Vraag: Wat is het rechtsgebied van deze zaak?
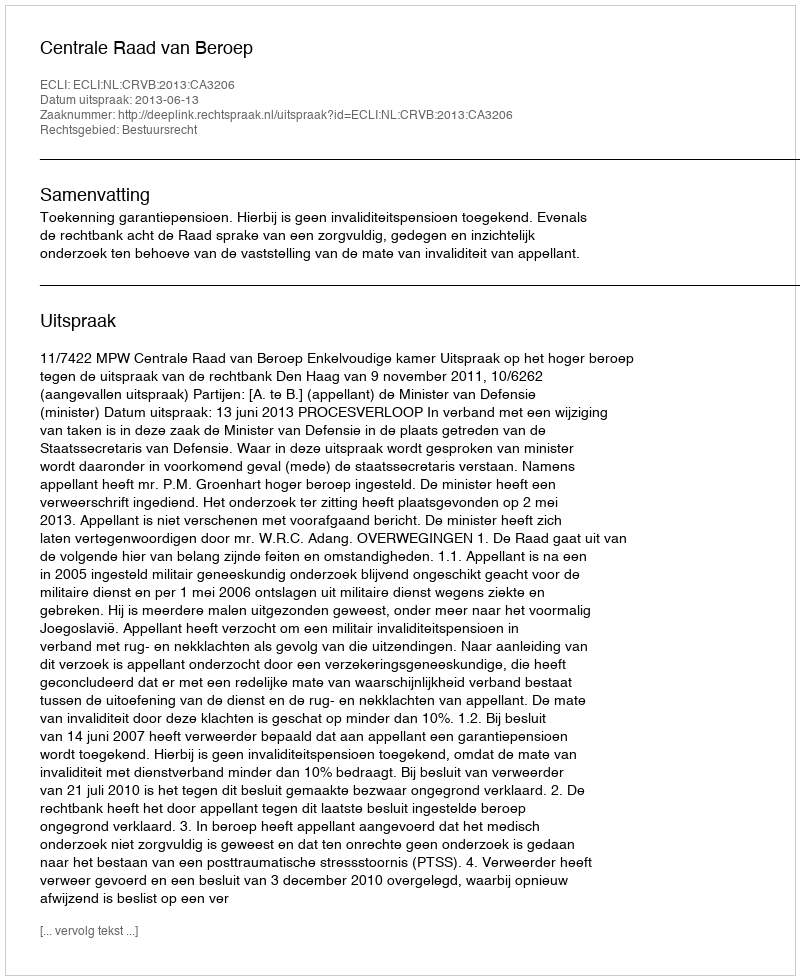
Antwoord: Bestuursrecht